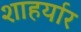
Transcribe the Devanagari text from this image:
शाहर्यार